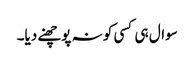
سوال ہی کسی کو نہ پوچھنے دیا۔